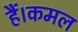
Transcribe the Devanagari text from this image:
हैं।कमल